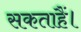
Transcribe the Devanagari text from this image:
सकताहैं।